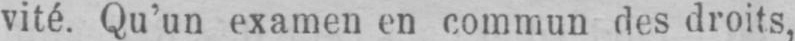
vité. Qu’un examen en commun des droits,